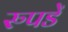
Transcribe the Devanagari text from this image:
रुपडें